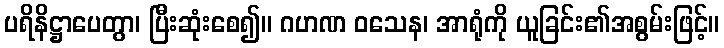
ပရိနိဋ္ဌာပေတွာ၊ ပြီးဆုံးစေ၍။ ဂဟဏ ဝသေန၊ အာရုံကို ယူခြင်း၏အစွမ်းဖြင့်။